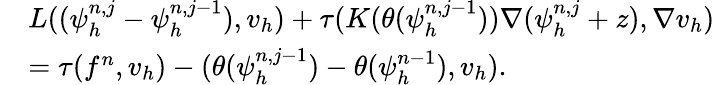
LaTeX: \begin{array}{rl}&{L((\psi_{h}^{n,j}-\psi_{h}^{n,j-1}),v_{h})+\tau(K(\theta(\psi_{h}^{n,j-1}))\nabla(\psi_{h}^{n,j}+z),\nabla v_{h})}\\ &{=\tau(f^{n},v_{h})-(\theta(\psi_{h}^{n,j-1})-\theta(\psi_{h}^{n-1}),v_{h}).}\end{array}